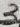
Text: 3